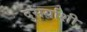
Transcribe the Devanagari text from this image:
दुसर्याशी